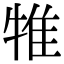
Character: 𤙵